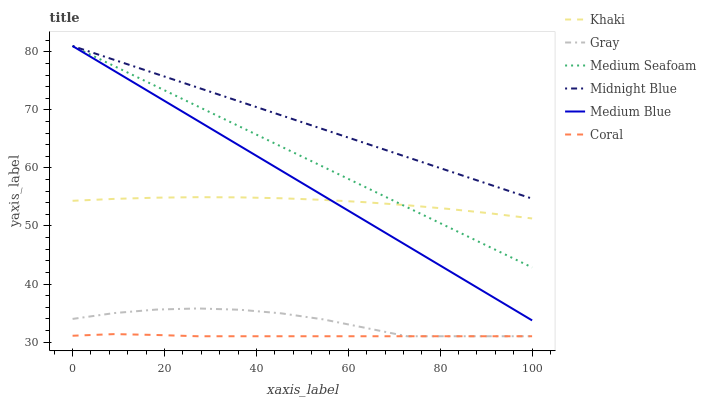
| xaxis_label | Khaki | Gray | Medium Seafoam | Midnight Blue | Medium Blue | Coral |
 | --- | --- | --- | --- | --- | --- | --- |
 | 0 | 54.3 | 34 | 81 | 81 | 81 | 31.1 |
 | 9.09 | 54.7 | 35 | 77.5 | 78.6 | 76.7 | 31.4 |
 | 18.2 | 54.9 | 35.6 | 74.1 | 76.2 | 72.4 | 31.2 |
 | 27.3 | 55 | 35.8 | 70.6 | 73.8 | 68.1 | 31 |
 | 36.4 | 54.9 | 35.6 | 67.1 | 71.4 | 63.8 | 31 |
 | 45.5 | 54.8 | 34.9 | 63.7 | 69 | 59.5 | 31 |
 | 54.5 | 54.5 | 33.9 | 60.2 | 66.7 | 55.2 | 31 |
 | 63.6 | 54.1 | 32.5 | 56.7 | 64.3 | 50.9 | 31 |
 | 72.7 | 53.6 | 31 | 53.3 | 61.9 | 46.6 | 31 |
 | 81.8 | 52.9 | 31 | 49.8 | 59.5 | 42.3 | 31 |
 | 90.9 | 52.2 | 31 | 46.3 | 57.1 | 38 | 31 |
 | 100 | 51.3 | 31 | 42.8 | 54.7 | 33.7 | 31 |